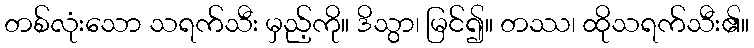
တစ်လုံးသော သရက်သီး မှည့်ကို။ ဒိသွာ၊ မြင်၍။ တဿ၊ ထိုသရက်သီး၏။